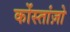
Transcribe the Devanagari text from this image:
कोंस्तांज़ो